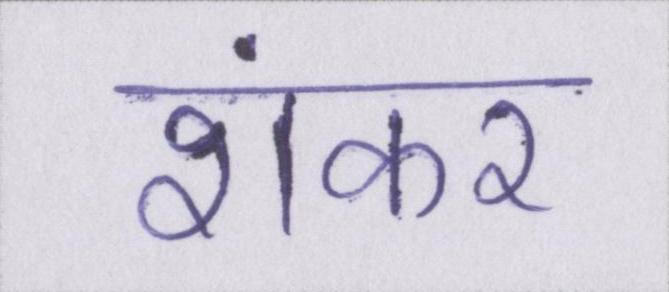
शंकर